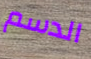
الدسم